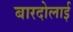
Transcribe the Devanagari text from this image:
बारदोलाई